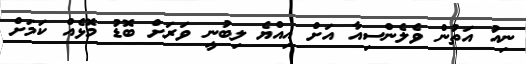
ނިއު އަތުން ވެލެންސިއާ އަށް އިއްޔެ ލިބުނީ ވަރަށް ބޮޑު މޮޅެއް ކަމަށް